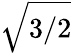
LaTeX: \sqrt{3/2}